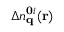
\Delta n _ { \mathbf { q } } ^ { \mathbf { 0 } i } ( \mathbf { r } )